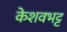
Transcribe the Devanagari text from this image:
केशवभट्ट